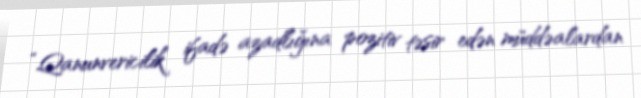
“Qanunvericilik ifadə azadlığına pozitiv təsir edən müddəalardan